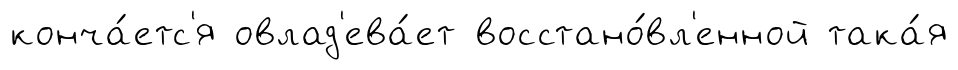
конча́етс'я овлад'ева́ет восстано́вл'енной така́я